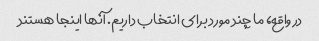
در واقع، ما چند مورد برای انتخاب داریم. آنها اینجا هستند